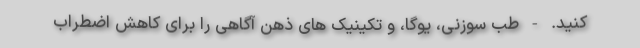
کنید. - طب سوزنی، یوگا، و تکینیک های ذهن آگاهی را برای کاهش اضطراب